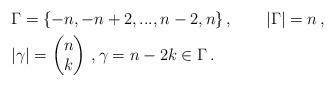
LaTeX: \begin{align*} & \Gamma=\{-n,-n+2,...,n-2,n\}\,,\qquad|\Gamma|=n\,, \\ & |\gamma|=\begin{pmatrix}n\\k\end{pmatrix}\,,\gamma=n-2k\in\Gamma\,.\end{align*}